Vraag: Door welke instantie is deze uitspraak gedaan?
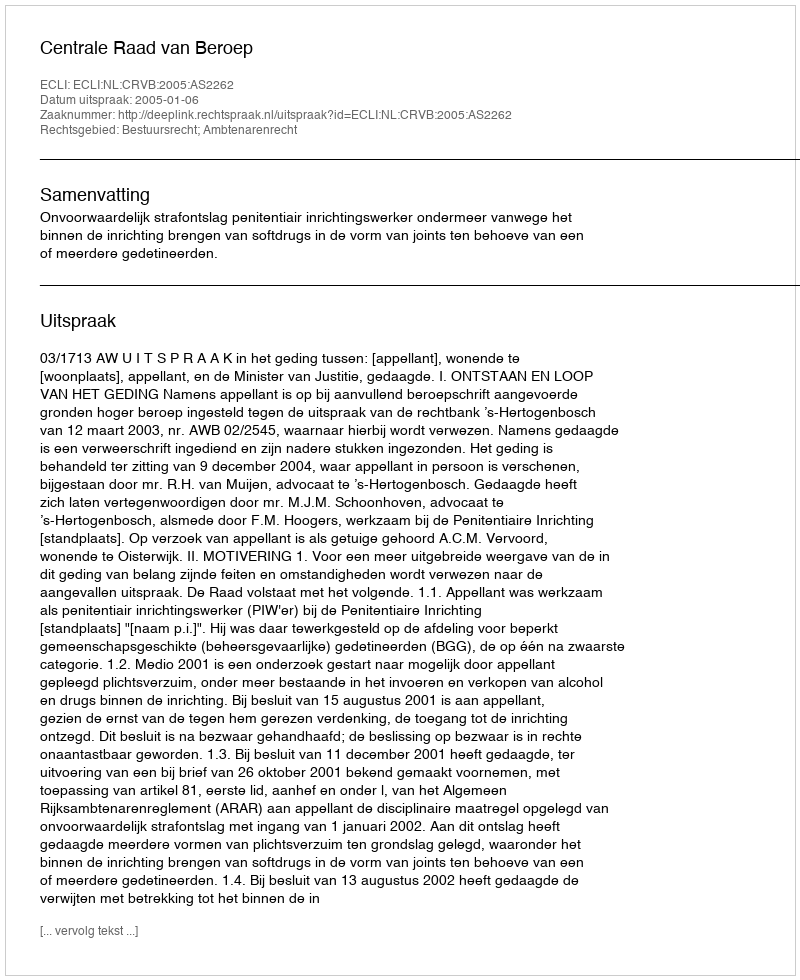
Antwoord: Centrale Raad van Beroep